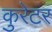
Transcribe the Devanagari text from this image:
कुरेटर